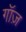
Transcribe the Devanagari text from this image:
गॉज़